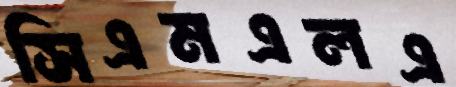
সিএমএলএ